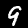
Label: 9